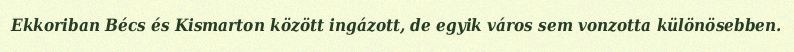
Ekkoriban Bécs és Kismarton között ingázott, de egyik város sem vonzotta különösebben.